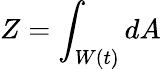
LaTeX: Z=\int_{W\left(t\right)}dA